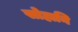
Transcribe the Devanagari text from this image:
सोहानि